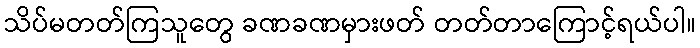
သိပ်မတတ်ကြသူတွေ ခဏခဏမှားဖတ် တတ်တာကြောင့်ရယ်ပါ။